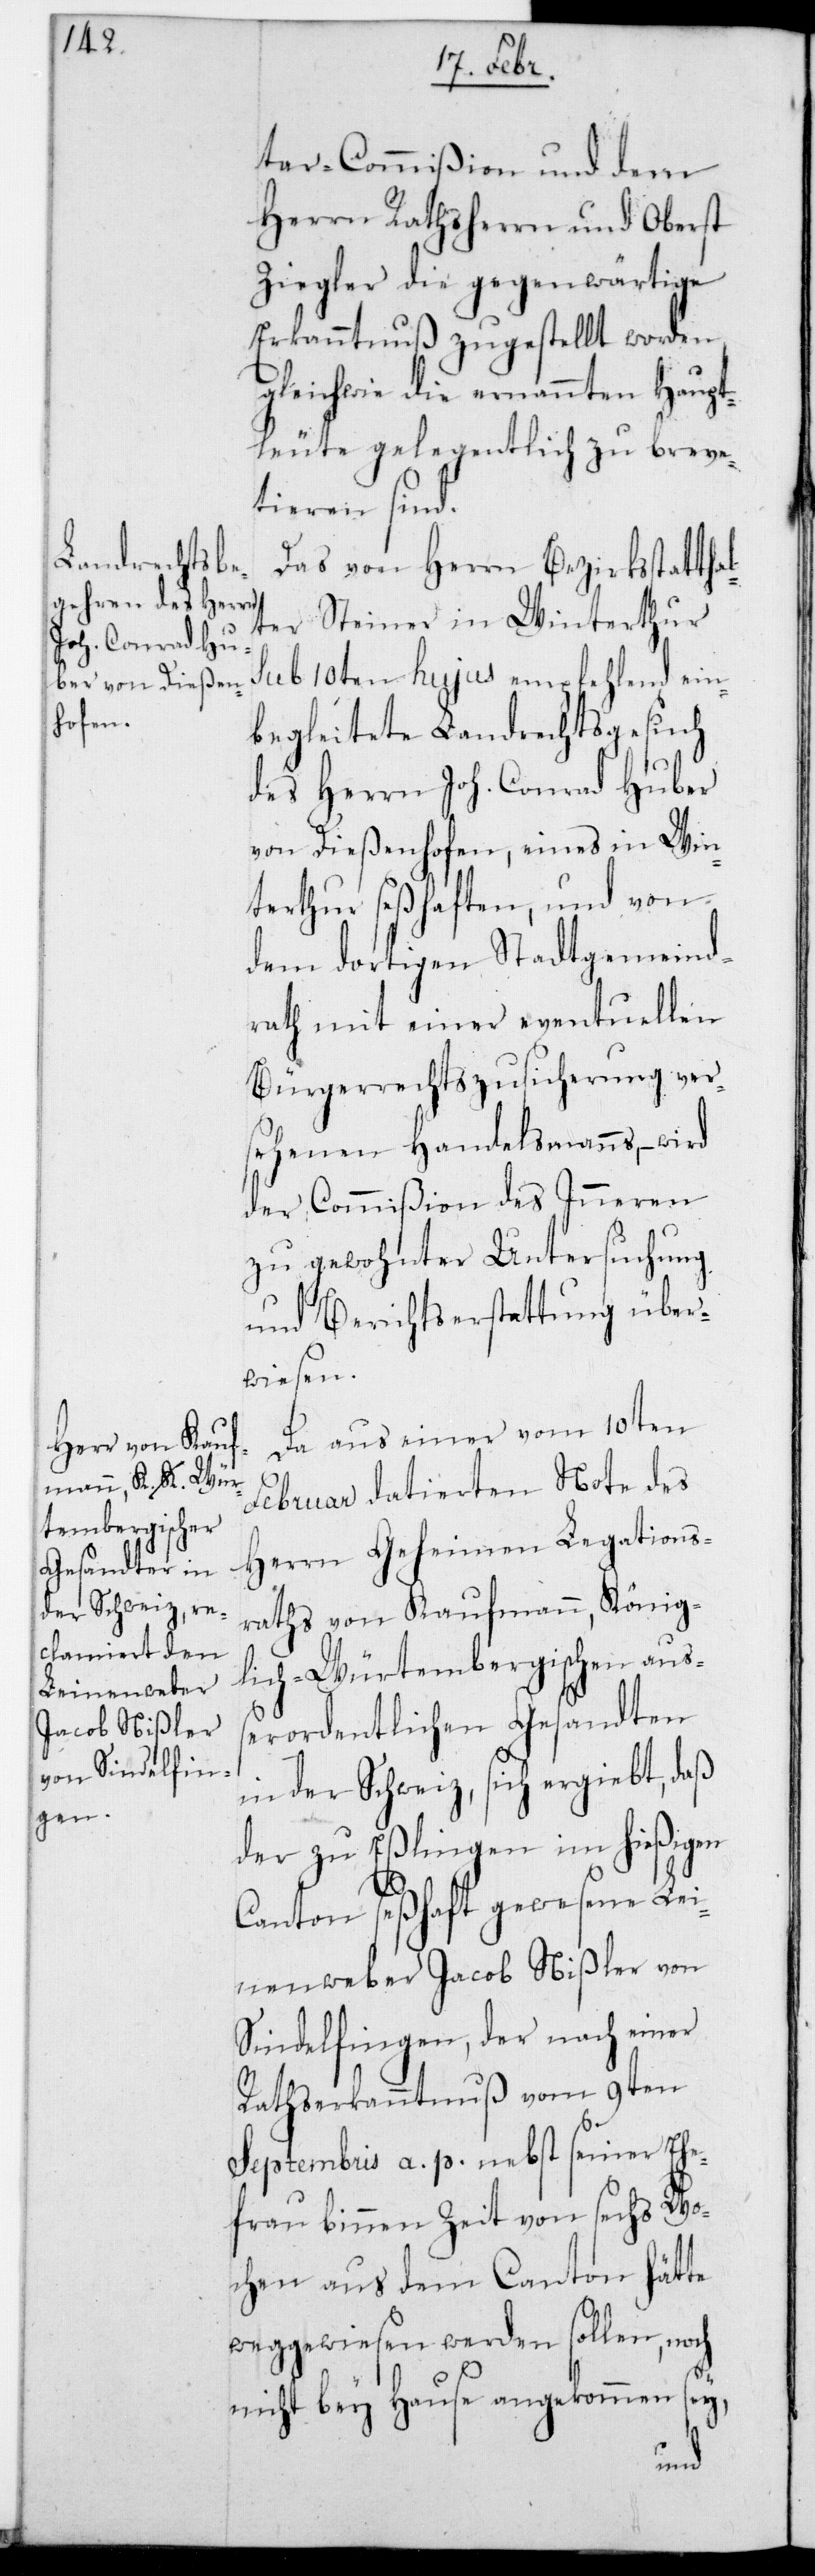
tar-Commißion und dem
Herrn Rathsherrn und Oberst
Ziegler die gegenwärtige
Erkanntnuß zugestellt worden,
gleichwie die ernannten Haupt¬
leute gelegentlich zu breve¬
tieren sind.
Das von Herrn Bezirksstattha¬
lter Steiner in Winterthur
sub 10ten hujus empfehlend ein¬
begleitete Landrechtsgesuch
des Herrn Joh. Conrad Huber
von Dießenhofen, eines in Win¬
terthur seßhaften und von
dem dortigen Stadtgemeind¬
rath mit einer eventuellen
Bürgerrechtszusicherung ver¬
sehenen Handelsmanns, – wird
der Commißion des Inneren
zu gewohnter Untersuchung
und Berichtserstattung über¬
wiesen.
Da aus einer vom 10ten
Februar datierten Note des
Herrn Geheimen Legations¬
raths von Kaufmann, König¬
lich-Würtembergischen auß¬
erordentlichen Gesandten
in der Schweiz, sich ergiebt, daß
der zu Eßlingen im hießigen
Canton seßhaft gewesene Lei¬
nenweber Jacob Nißler von
Sindelfingen, der nach einer
Rathserkanntnuß vom 9ten
Septembris a. p. nebst seiner Ehe¬
frau binnen Zeit von sechs Wo¬
chen aus dem Canton hätte
weggewiesen werden sollen, noch
nicht bey Hause angekommen sey,